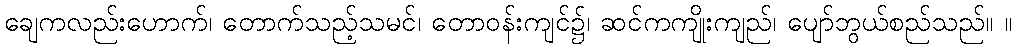
ချေကလည်းဟောက်၊ တောက်သည့်သမင်၊ တောဝန်းကျင်၌၊ ဆင်ကကျိုးကျည်၊ ပျော်ဘွယ်စည်သည်။ ။